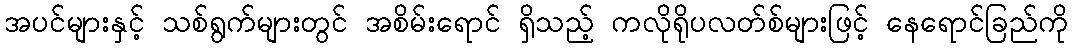
အပင်များနှင့် သစ်ရွက်များတွင် အစိမ်းရောင် ရှိသည့် ကလိုရိုပလတ်စ်များဖြင့် နေရောင်ခြည်ကို